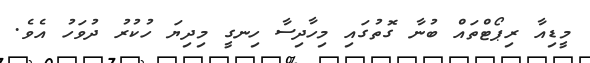
މީޑިއާ ރިޕޯޓްތައް ބުނާ ގޮތުގައި މިހާދިސާ ހިނގީ މިދިޔަ ހުކުރު ދުވަހު އެވެ.